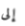
إلى